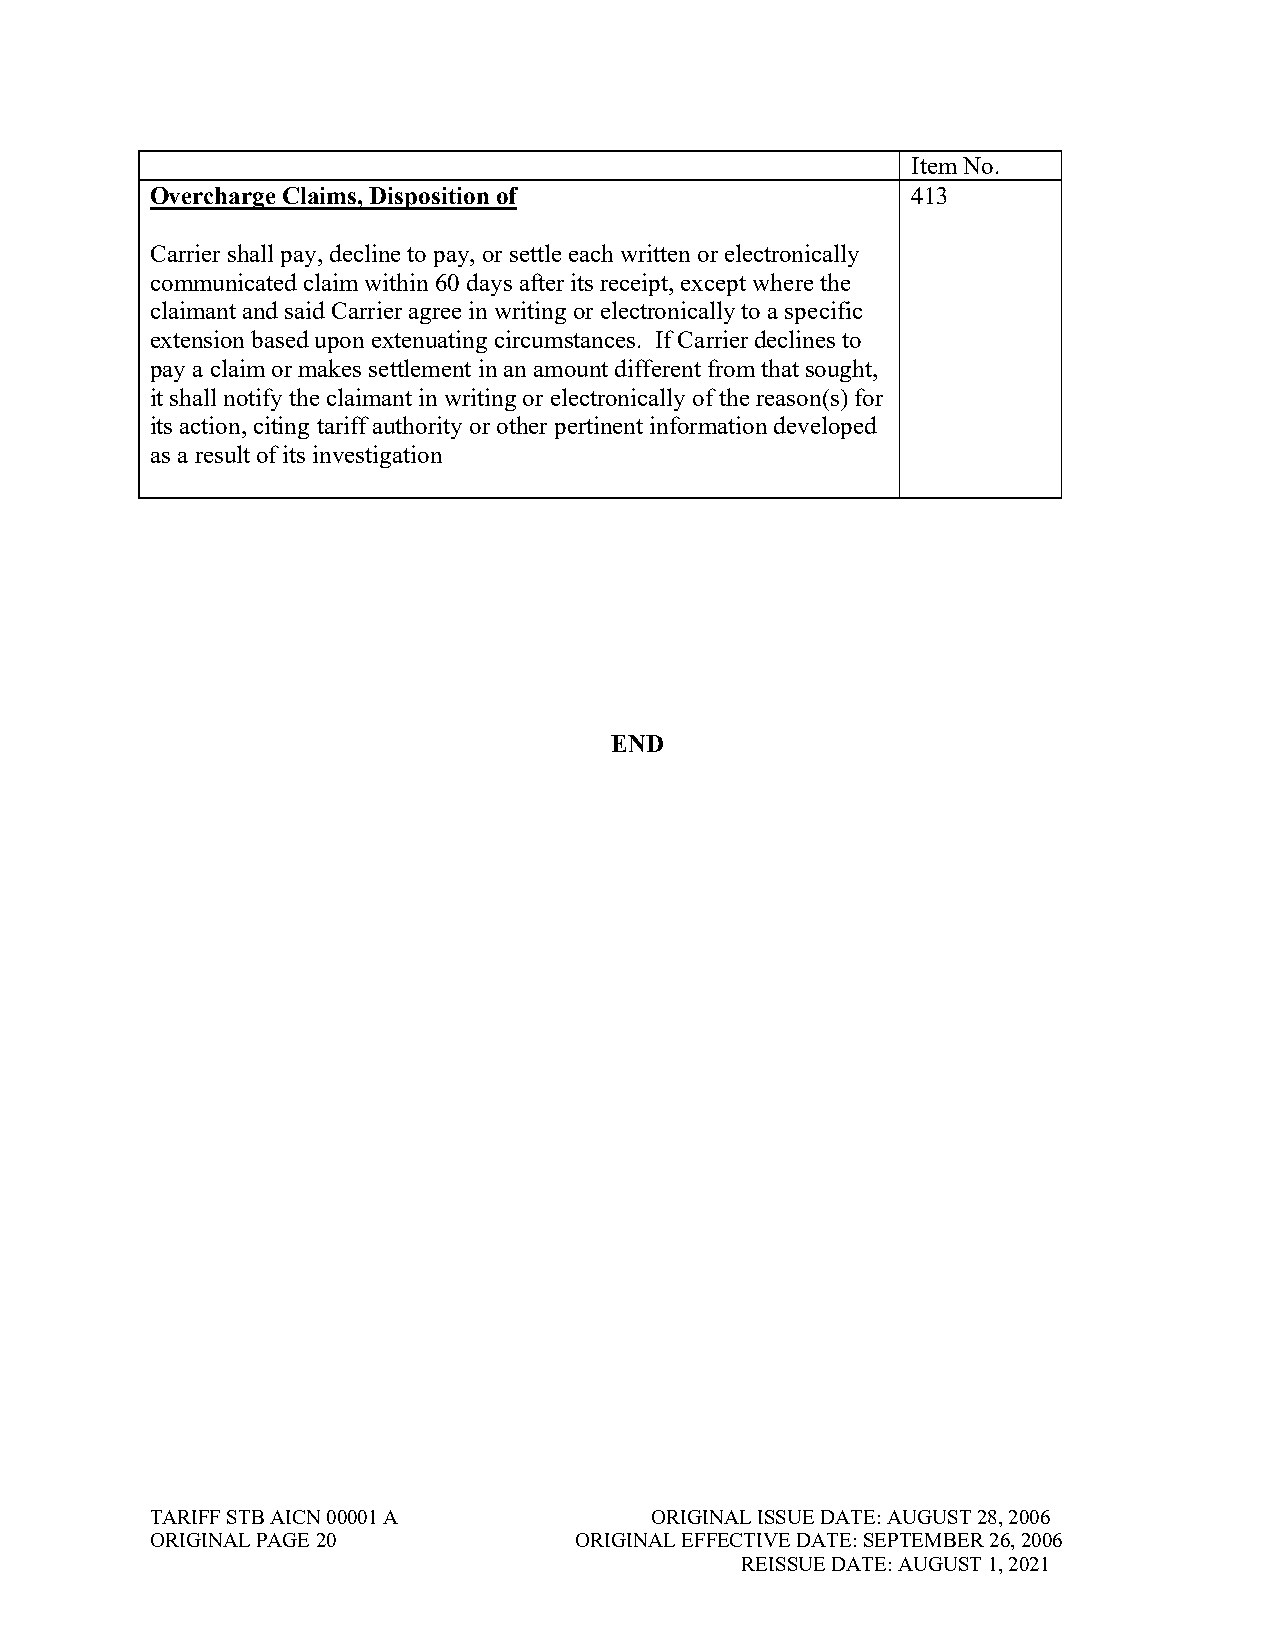
Item No.
 Overcharge Claims, Disposition of                 413
 Carrier shall pay, decline to pay, or settle each written or electronically
 communicated claim within 60 days after its receipt, except where the
 claimant and said Carrier agree in writing or electronically to a specific
 extension based upon extenuating circumstances. If Carrier declines to
 pay a claim or makes settlement in an amount different from that sought,
 it shall notify the claimant in writing or electronically of the reason(s) for
 its action, citing tariff authority or other pertinent information developed
 as a result of its investigation
 END
 TARIFF STB AICN 00001 A          ORIGINAL ISSUE DATE: AUGUST 28, 2006
 ORIGINAL PAGE 20            ORIGINAL EFFECTIVE DATE: SEPTEMBER 26, 2006
 REISSUE DATE: AUGUST 1, 2021